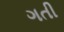
ગતી